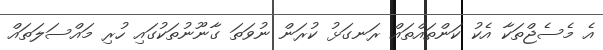
އެ މެސެޖްތަކާ އެކު ކަންތައްތައް ރަނގަޅު ކުރަން ނުވަތަ ގާނޫނުތަކުގައި ހުރި މައްސަލަތައް